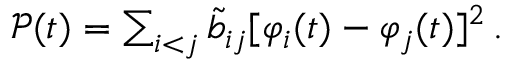
\begin{array} { r } { \mathcal { P } ( t ) = \sum _ { i < j } \tilde { b } _ { i j } [ \varphi _ { i } ( t ) - \varphi _ { j } ( t ) ] ^ { 2 } \, . } \end{array}